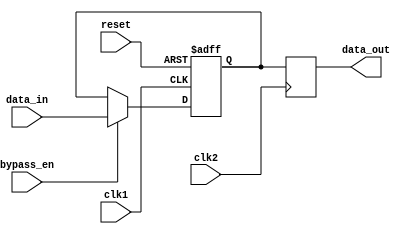
module variable_width_bypass_register (
    input wire clk1,       // input clock domain
    input wire clk2,       // output clock domain
    input wire reset,      // reset signal
    input wire bypass_en,  // bypass enable signal
    input wire [7:0] data_in,   // input data
    output reg [7:0] data_out   // output data
);

reg [7:0] storage_reg;

always @(posedge clk1 or posedge reset) begin
    if (reset) begin
        storage_reg <= 8'b0;
    end else begin
        if (bypass_en) begin
            storage_reg <= data_in;
        end else begin
            storage_reg <= storage_reg;
        end
    end
end

always @(posedge clk2) begin
    data_out <= storage_reg;
end

endmodule